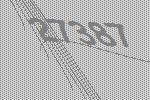
27387